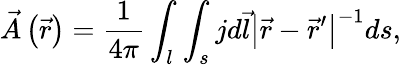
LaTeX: \vec{A}\left(\vec{r}\right)=\frac{1}{4\pi}\int_{l}\int_{s}jd\vec{l}\left|\vec{r}-\vec{r}^{\prime}\right|^{-1}ds,